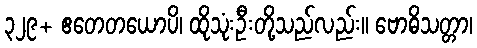
၃၂၉+ ဧတေတယောပိ၊ ထိုသုံးဦးတို့သည်လည်း။ ဗောဓိသတ္တာ၊